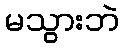
မသွားဘဲ